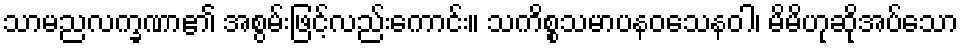
သာမညလက္ခဏာ၏ အစွမ်းဖြင့်လည်းကောင်း။ သကိစ္စသမာပနဝသေနဝါ၊ မိမိဟုဆိုအပ်သော